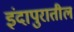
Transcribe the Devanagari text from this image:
इंदापुरातील